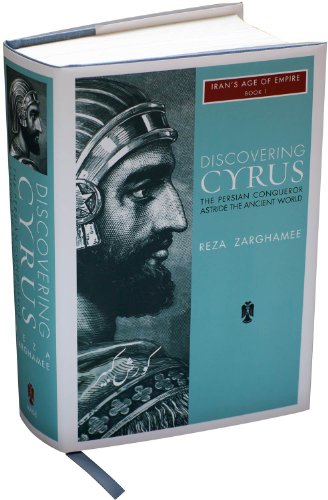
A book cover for Discovering Cyrus: The Persian Conqueror Astride the Ancient World (Iran's Age of Empire); Reza Zarghamee; History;